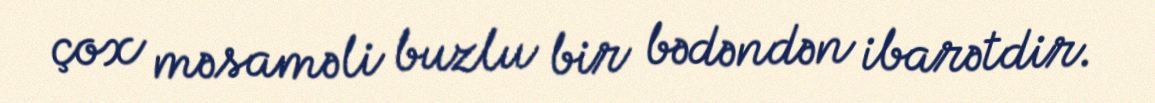
çox məsaməli buzlu bir bədəndən ibarətdir.